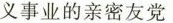
义事业的亲密友党